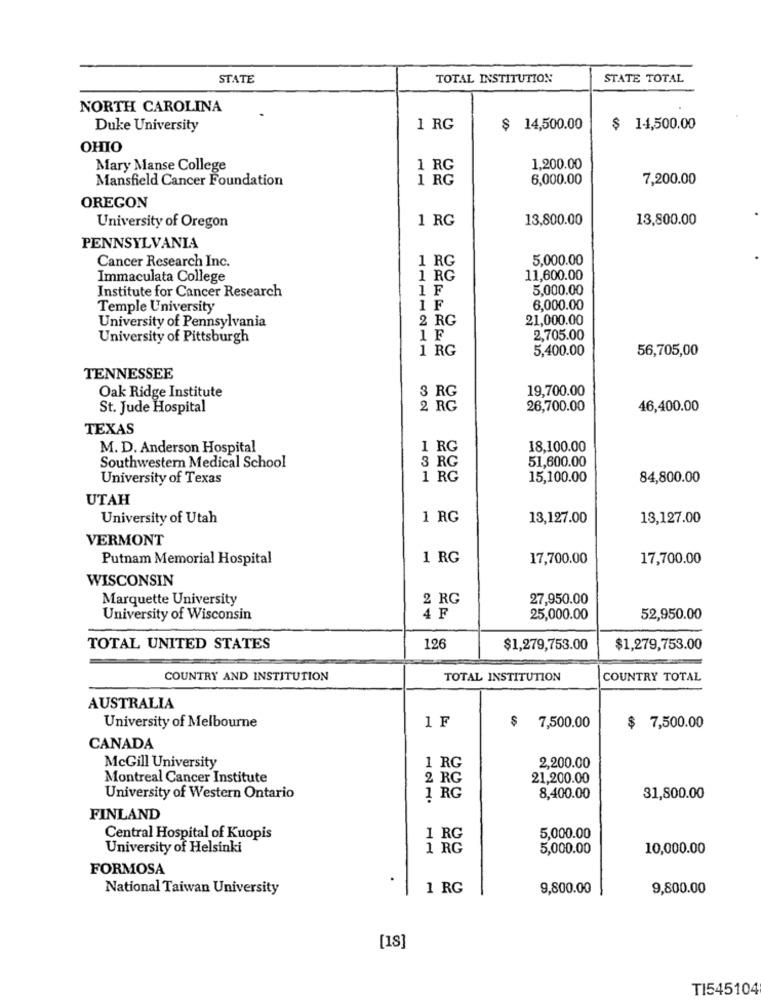
STATE
TOTAL INSTITUTION
STATE TOTAL
NORTH CAROLINA
Duke University
1 RG
$ 14,500.00
$ 14,500.00
OHIO
Mary Manse College
1 RG
1,200.00
Mansfield Cancer Foundation
1 RG
6,000.00
7,200.00
OREGON
1 RG
13,800.00
13,800.00
University of Oregon
PENNSYLVANIA
1 RG
5,000.00
Cancer Research Inc.
Immaculata College
1 RG
11,600.00
Institute for Cancer Research
1F
5,000.00
Temple University
IF
6,000.00
2 RG
21,000.00
University of Pennsylvania
University of Pittsburgh
1 F
2,705.00
1 RG
5,400.00
56,705,00
TENNESSEE
Oak Ridge Institute
19,700.00
3 RG
St. Jude Hospital
2 RG
26,700.00
46,400.00
TEXAS
M. D. Anderson Hospital
1 RG
18,100.00
3 RG
51,600.00
Southwestern Medical School
University of Texas
1 RG
15,100.00
84,800.00
UTAH
University of Utah
1 RG
13,127.00
13,127.00
VERMONT
Putnam Memorial Hospital
1 RG
17,700.00
17,700.00
WISCONSIN
Marquette University
2 RG
27,950.00
University of Wisconsin
4F
25,000.00
52,950.00
TOTAL UNITED STATES
126
$1,279,753.00
$1,279,753.00
COUNTRY AND INSTITUTION
TOTAL INSTITUTION
COUNTRY TOTAL
AUSTRALIA
1F
University of Melbourne
$ 7,500.00
$ 7,500.00
CANADA
McGill University
1 RG
2,200.00
Montreal Cancer Institute
2 RG
21,200.00
University of Western Ontario
1 RG
8,400.00
31,800.00
FINLAND
Central Hospital of Kuopis
1 RG
5,000.00
University of Helsinki
1 RG
5,000.00
10,000.00
FORMOSA
National Taiwan University
1 RG
9,800.00
9,800.00
[18]
TI545104